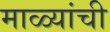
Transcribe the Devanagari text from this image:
माळ्यांची